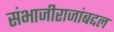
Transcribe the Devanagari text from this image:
संभाजीराजांबद्दल